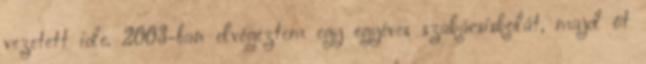
vezetett ide. 2003-ban elvégeztem egy egyéves szakácsiskolát, majd öt